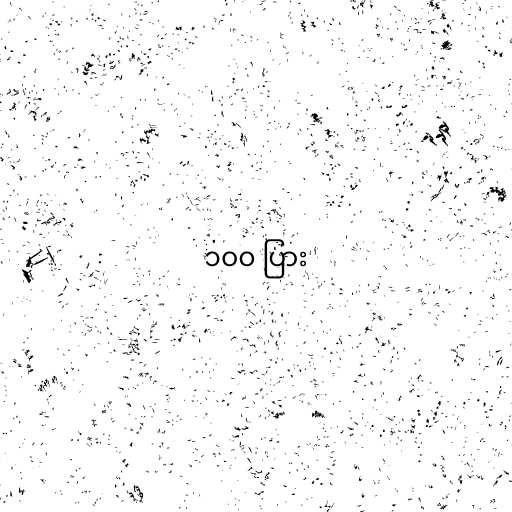
၁၀၀ ပြား